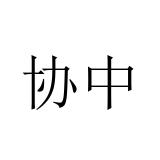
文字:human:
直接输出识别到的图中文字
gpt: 协中